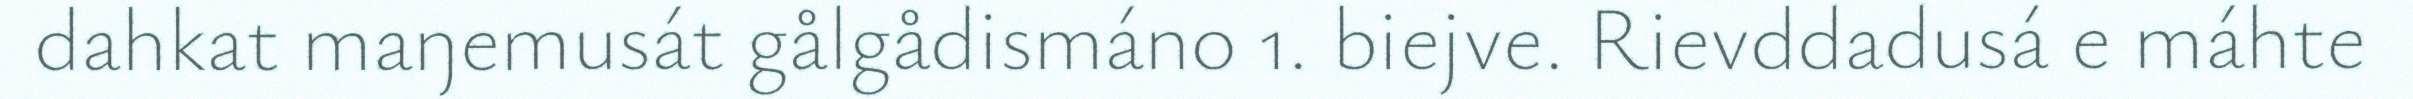
dahkat maŋemusát gålgådismáno 1. biejve. Rievddadusá e máhte